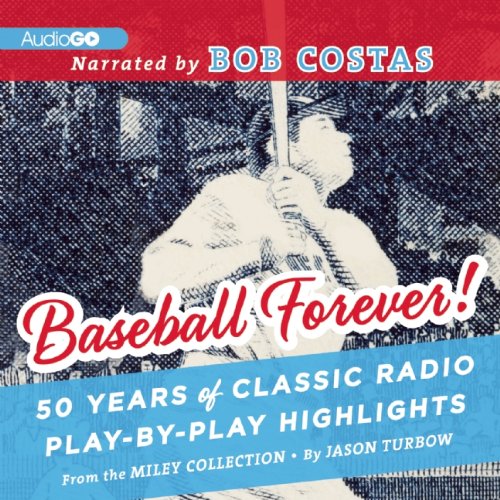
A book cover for Baseball Forever!: 50 Years of Classic Radio Play-by-Play Highlights from The Miley Collection; Jason Turbow; Humor & Entertainment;